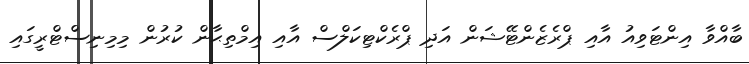
ބާއްވާ އިންޓަވިއު އާއި ޕްރެޒެންޓޭޝަން އަދި ޕްރެކްޓިކަލްސް އާއި އިމްތިޙާން ކުރުން މިމިނިސްޓްރީގައި